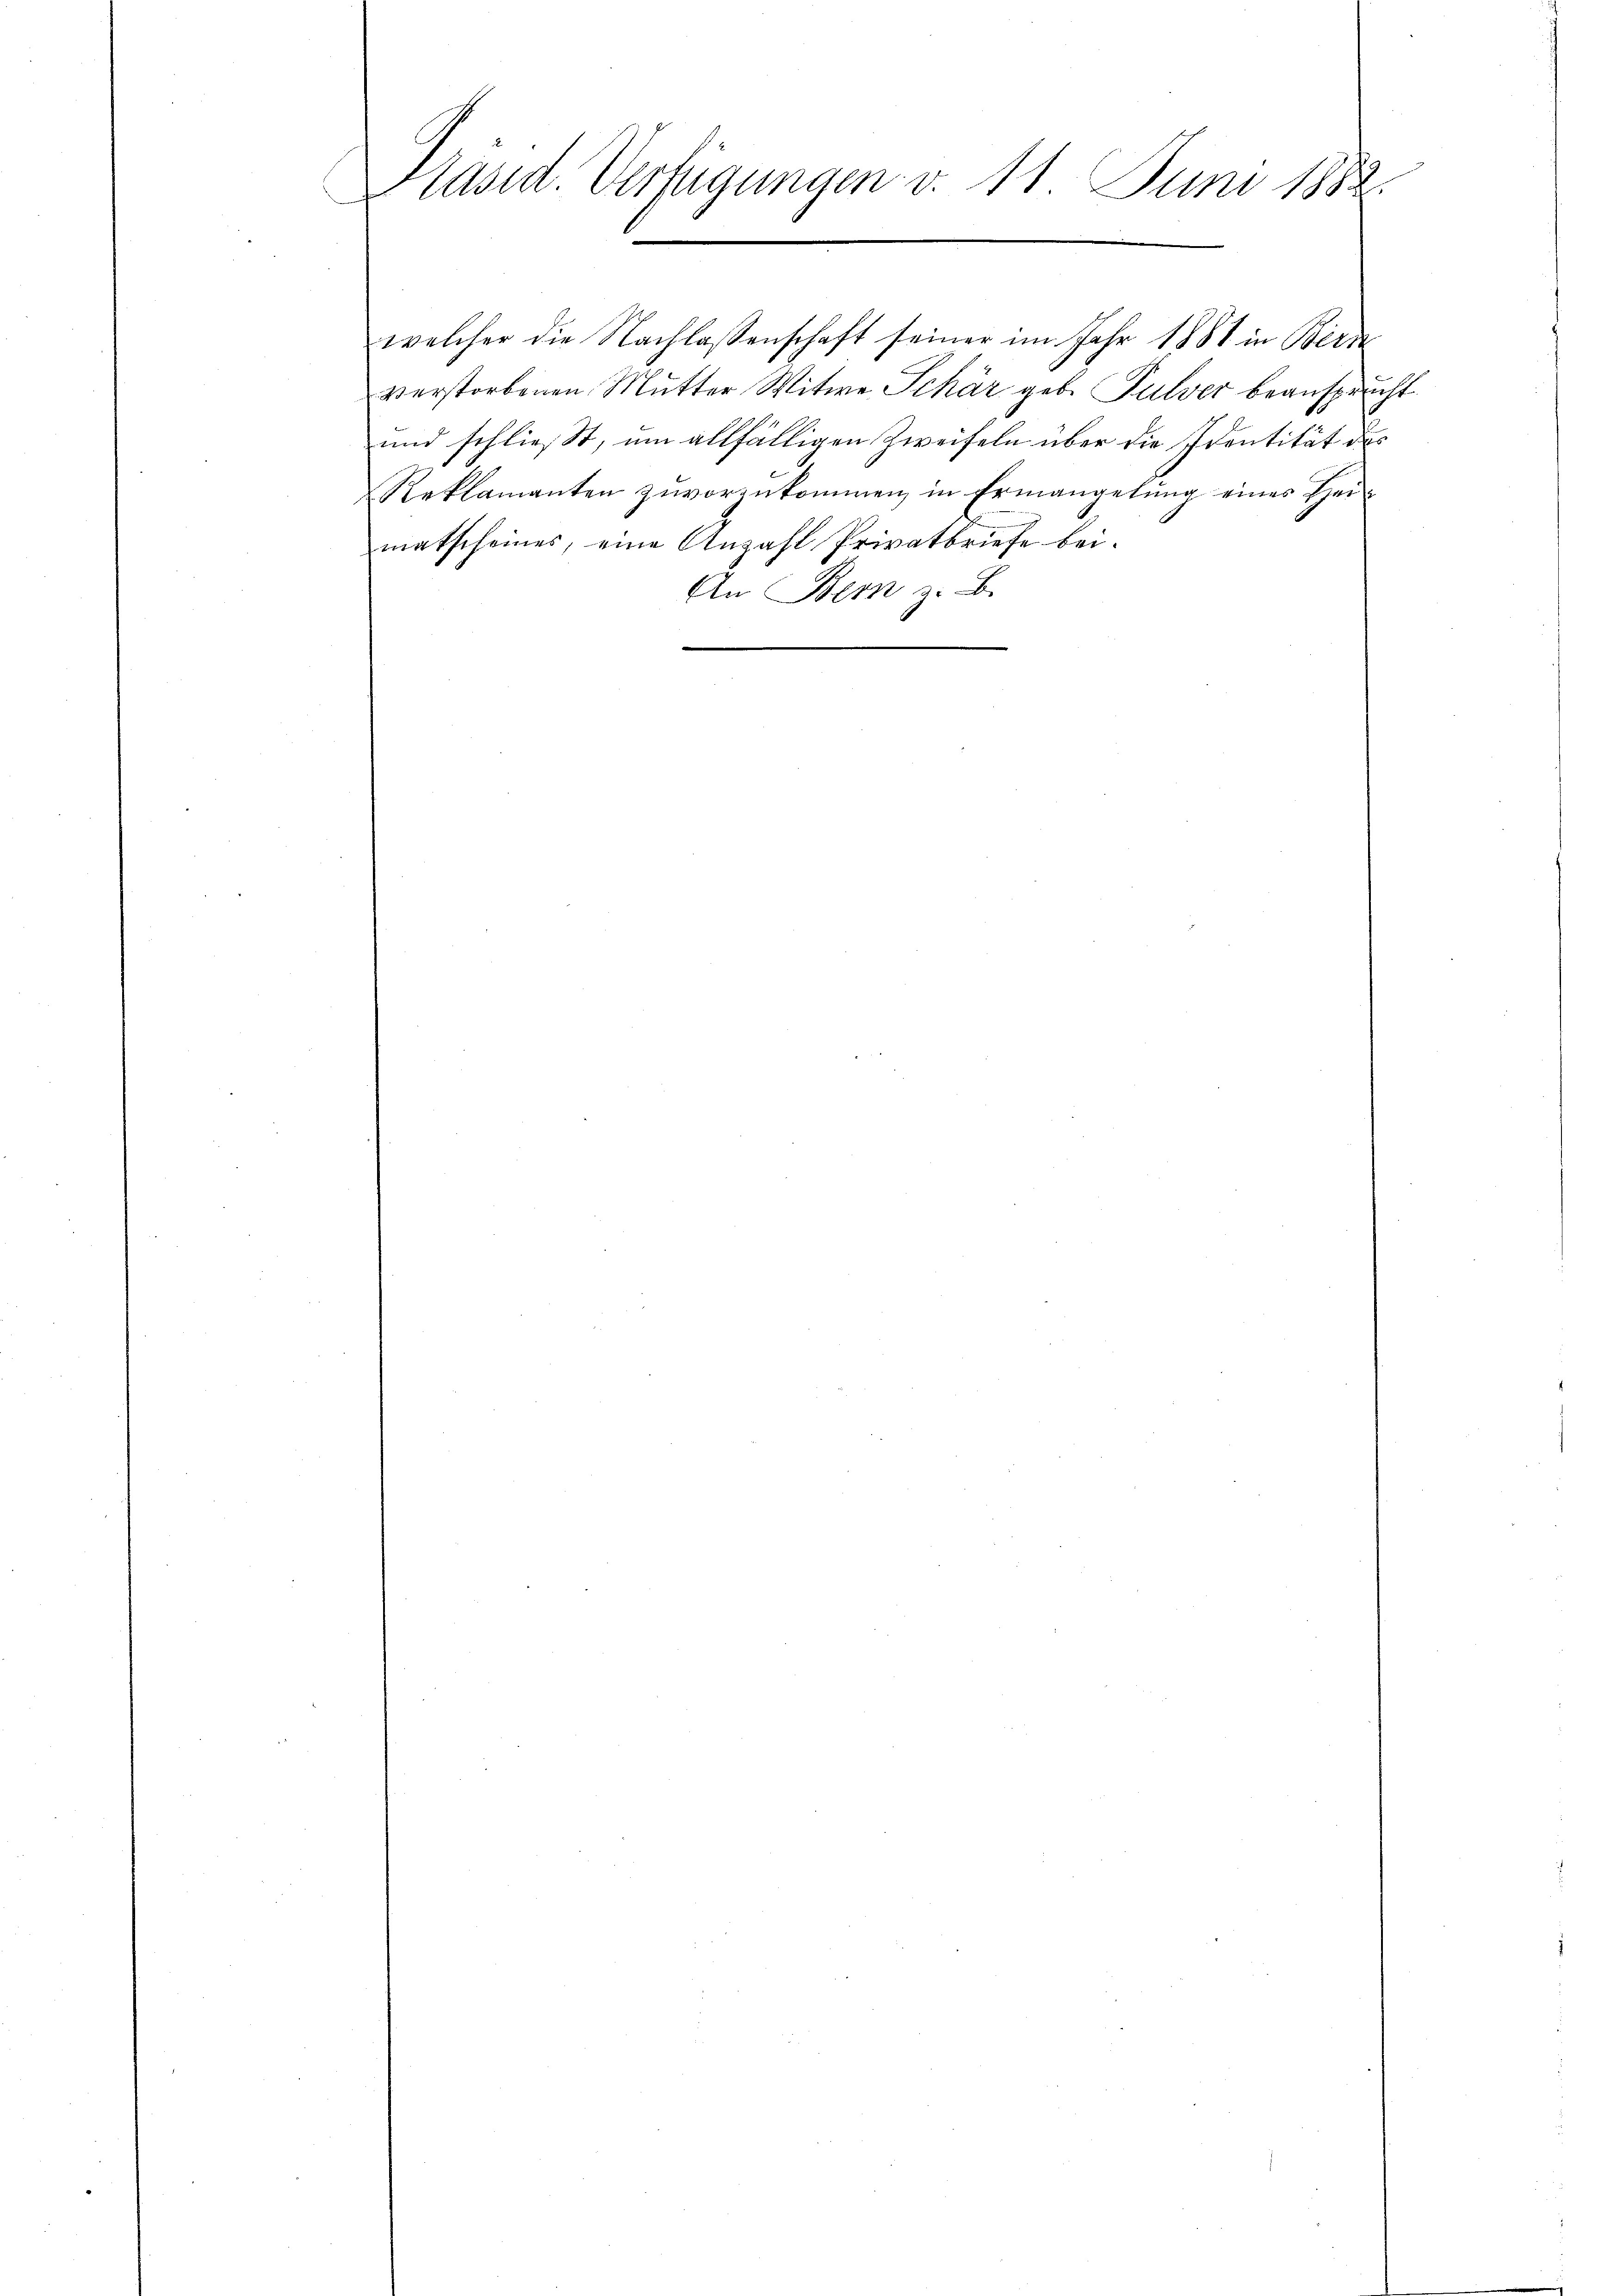
Präsid. Verfügungen v. 11 Juni 1882.

welcher die Nachlassenschaft seiner im Jahr 1881 in Bern
verstorbenen Mutter Witwe Schär geb. Pulver beansprucht
und schließt, um allfälligen Zweifeln über die Identität des
Reklamanten zŭvorzukommen in Ermangelŭng eines Hei
matscheines, eine Anzahl Privatbriefe bei.
An Bem z. B.